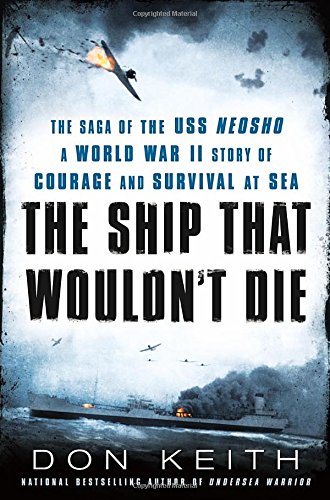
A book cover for The Ship That Wouldn't Die: The Saga of the USS Neosho- A World War II Story of Courage and Survival at Sea; Don Keith; History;